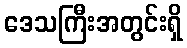
ဒေသကြီးအတွင်းရှိ